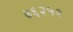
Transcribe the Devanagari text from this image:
७६२५२